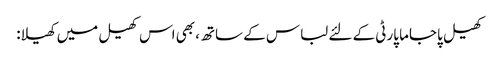
کھیل پاجاما پارٹی کے لئے لباس کے ساتھ، بھی اس کھیل میں کھیلا: